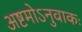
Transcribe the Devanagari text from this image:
अष्टमोऽनुवाकः